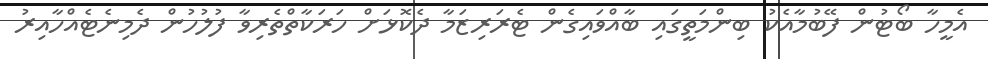
އެމީހާ ބޯޓުން ފޭބުމާއެކު ބިންމަތީގައި ބާއްވައިގެން ޓެރަރިޒަމާ ދެކޮޅަށް ހަރަކާތްތެރިވާ ފުލުހުން ދެމިނެޓެއްހާއިރު